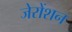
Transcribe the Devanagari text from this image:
जेरोंशन